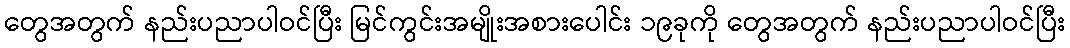
တွေအတွက် နည်းပညာပါဝင်ပြီး မြင်ကွင်းအမျိုးအစားပေါင်း ၁၉ခုကို တွေအတွက် နည်းပညာပါဝင်ပြီး